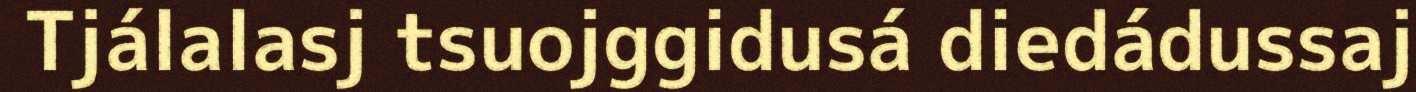
Tjálalasj tsuojggidusá diedádussaj